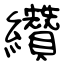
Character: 纘